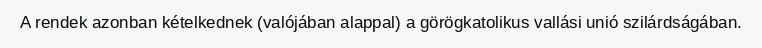
A rendek azonban kételkednek (valójában alappal) a görögkatolikus vallási unió szilárdságában.